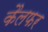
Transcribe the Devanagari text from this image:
कैलफर